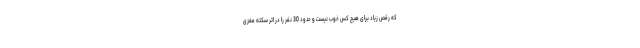
که رقص زیاد برای هیچ کس خوب نیست و حدود 30 نفر را در اثر سکته مغزی